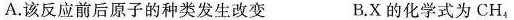
A.该反应前后原子的种类发生改变 B.X的化学式为CH_{4}